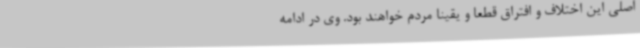
اصلی این اختلاف و افتراق قطعا و یقینا مردم خواهند بود. وی در ادامه